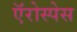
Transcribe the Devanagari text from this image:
ऍरोस्पेस